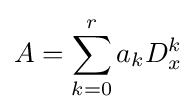
A=\sum _{k=0}^{r}a_{k}D_{x}^{k}